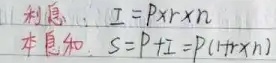
利息：\(I = P\times r\times n\)
本息和：\(S = P + I=P(1 + r\times n)\)